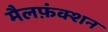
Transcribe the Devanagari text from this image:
मैलफ़ंक्शन